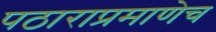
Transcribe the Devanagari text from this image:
पठाराप्रमाणेच